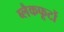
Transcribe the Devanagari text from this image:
ब्लैकफूटों